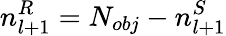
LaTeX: n_{l+1}^{R}=N_{obj}-n_{l+1}^{S}